Report of the Hyderabad Chloroform Commission
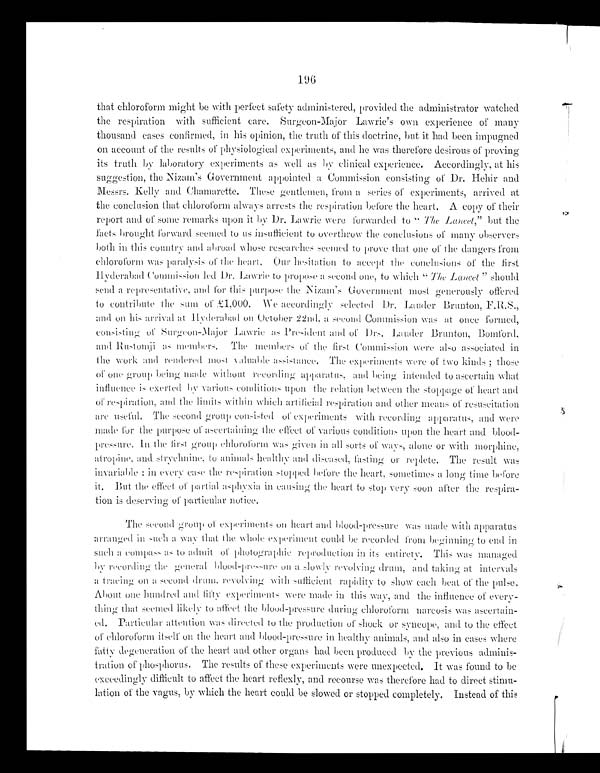
196
that chloroform might be with perfect safety administered, provided the administrator watched
the respiration with sufficient care. surgeon-Major Lawrie’s own experience of many
thousand cases confirmed, in his opinion, the truth of this doctrine, but it had been impugned
on account of the results of physiological experiments, and he was therefore desirous of proving
its truth by laboratory experiments as welt as clinical experience. Accordingly, at his
suggestion, the Nizam’s Government appointed a Commission consisting of Dr. Hehir and
Messrs. Kelly and Chamarette. These gentlemen, from a series of experiments, arrived at
the conclusion that chloroform always arrests the respiration before the heart. A copy of their
report and of some remarks upon it by Dr. Lawrie were forwarded to “ The Lancet,” but the
facts brought forward seemed to its insufficient to overthrow the conclusions of many observers
both in this country and abroad whose researches seemed to prove that one of the dangers from
chloroform was paralysis of the heart. our hesitation to accept the conclusions of the first
Hyderabad commission led Dr. Lawrie to propose a second one, to which “ 'The Lancet” should
send a representative, and for this purpose the Nizam’s Government most generously offered
to contribute the sum of £1,000. We accordingly selected Dr. Lauder Brunton,F.R.S.,
and on his arrival at Hyderabad on October 22nd. a second Commission was at once formed,
consisting of surgeon-Major Lawrie as President and of Drs. Lauder Brunton, Bomford,
and Rustomji as members. The members of the first Commission were also associated in
the work and rendered most valuable a s s i s t a n c e . T h e e x p e r i m e n t s w e r e o f t w o k i n d s ;t
h o s e
of one group being made without recording apparatus, and beingi n t e n d e d t o
a s c e r t a i n w h a t
influence is exerted by various conditions upon the relation between the stoppage of heart and
of respiration, and the limits within which artificial respiration and other means of resuscitation
are useful. The second group consisted of experiments with recording apparatus. and were
made for the purpose of ascertaining the effect of various conditions upon the heart and blood-
pressure. In the first group chloroform was given in all sorts of ways, alone or with morphine,
atropine, and strychnine. to animals healthy and diseased, fastingo r r e p l e t e .
T h e
r e s u l t w a s
invariable : in every case the respiration stopped before the heart, sometimes a long time before
it. But the effect o f p a r t i a l a s p h y x i a i n c a u s i n g
t h e h e a r t
t o s t o p v e r y s o o n a f t e r
the
respira-
tion is deserving of particular notice.
The second group of experiments on heart and blood-pressure was made with apparatus
arranged in such a way that the whole experiment could be recorded from beginning to end in
such a compass as to admit of photographic reproduction in its entirety. This was managed
recording the general blood-pressure
on a slowly revolving drum, and taking at intervals
on a second drum.revolving with sufficient rapidity to show each beat of the pulse.
About one hundred and fifty experiments Were made in this way, and the influence of every-
thing that seemed likely to affect the blood-pressure during chloroform narcosis was ascertain-
ed. Particular attention was directed to the production of shock or syncope ; and to the effect
chloroform itself on the heart and blood
-pressure in healthy animals, and also in cases where
fatty degeneration of the heart a nd other organs had been produced by the previous
adminis-tration of phosphorus, The results of these experiments were unexpected. It was found to be
exeeedingly difficult to affect the heart reflexly, and recourse was therefore had to direct stimu-
lation of the Vagus, by which the heart could be slowed or stopped completely. Instead of this